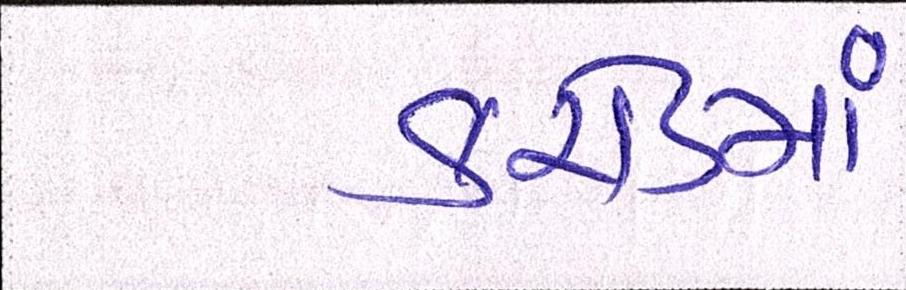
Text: કરોડમાં